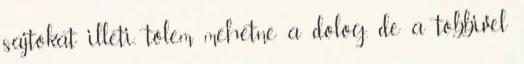
sajtokat illeti, tőlem mehetne a dolog, de a többivel